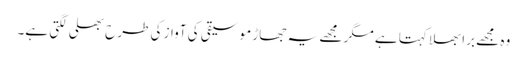
وہ مجھے برا بھلا کہتا ہے مگر مجھے یہ جھاڑ موسیقی کی آواز کی طرح بھلی لگتی ہے۔